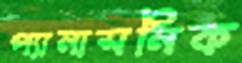
প্যানাসনিক